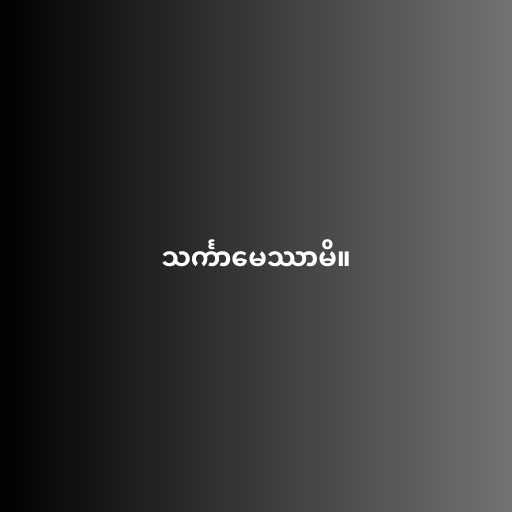
သင်္ကာမေဿာမိ။